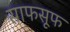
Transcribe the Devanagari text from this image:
साफसूफ